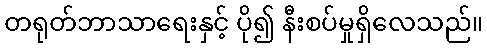
တရုတ်ဘာသာရေးနှင့် ပို၍ နီးစပ်မှုရှိလေသည်။